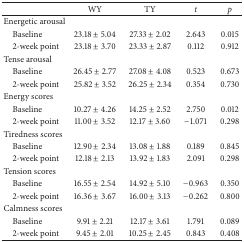
<table><thead><tr><td><b> </b></td><td><b>WY</b></td><td><b>TY</b></td><td><b><i>t</i></b></td><td><b><i>p </i></b></td></tr></thead><tbody><tr><td>Energetic arousal</td><td> </td><td> </td><td> </td><td> </td></tr><tr><td> Baseline</td><td>23.18 ± 5.04</td><td>27.33 ± 2.02</td><td> 2.643</td><td>0.015</td></tr><tr><td> 2-week point</td><td>23.18 ± 3.70</td><td>23.33 ± 2.87</td><td> 0.112</td><td>0.912</td></tr><tr><td>Tense arousal</td><td> </td><td> </td><td> </td><td> </td></tr><tr><td> Baseline</td><td>26.45 ± 2.77</td><td>27.08 ± 4.08</td><td> 0.523</td><td>0.673</td></tr><tr><td> 2-week point</td><td>25.82 ± 3.52</td><td>26.25 ± 2.34</td><td> 0.354</td><td>0.730</td></tr><tr><td>Energy scores</td><td> </td><td> </td><td> </td><td> </td></tr><tr><td> Baseline</td><td>10.27 ± 4.26</td><td>14.25 ± 2.52</td><td> 2.750</td><td>0.012</td></tr><tr><td> 2-week point</td><td>11.00 ± 3.52</td><td>12.17 ± 3.60</td><td>−1.071</td><td>0.298</td></tr><tr><td>Tiredness scores</td><td> </td><td> </td><td> </td><td> </td></tr><tr><td> Baseline</td><td>12.90 ± 2.34</td><td>13.08 ± 1.88</td><td> 0.189</td><td>0.845</td></tr><tr><td> 2-week point</td><td>12.18 ± 2.13</td><td>13.92 ± 1.83</td><td> 2.091</td><td>0.298</td></tr><tr><td>Tension scores</td><td> </td><td> </td><td> </td><td> </td></tr><tr><td> Baseline</td><td>16.55 ± 2.54</td><td>14.92 ± 5.10</td><td> −0.963</td><td>0.350</td></tr><tr><td> 2-week point</td><td>16.36 ± 3.67</td><td>16.00 ± 3.13</td><td> −0.262</td><td>0.800</td></tr><tr><td>Calmness scores</td><td> </td><td> </td><td> </td><td> </td></tr><tr><td> Baseline</td><td>9.91 ± 2.21</td><td>12.17 ± 3.61</td><td> 1.791</td><td>0.089</td></tr><tr><td> 2-week point</td><td>9.45 ± 2.01</td><td>10.25 ± 2.45</td><td> 0.843</td><td>0.408</td></tr></tbody></table>